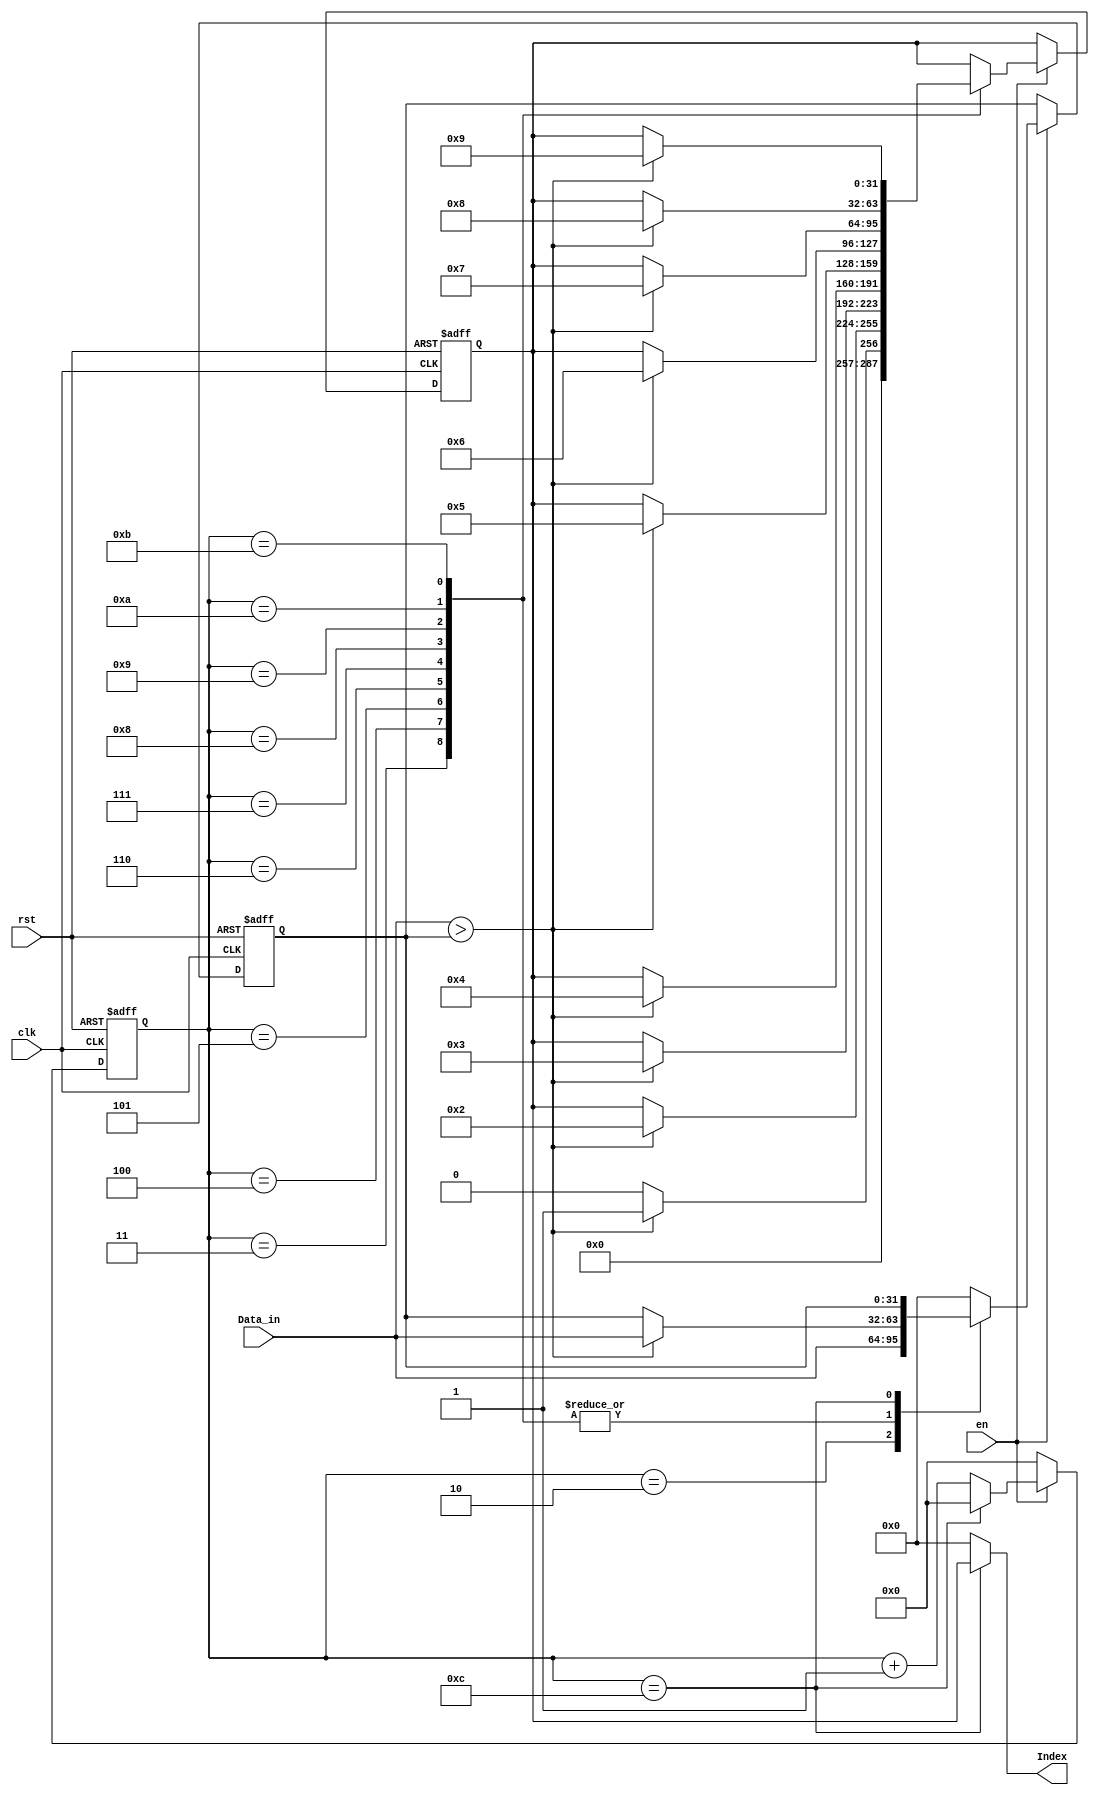
module Decoder(
	clk,
	rst,
	en,
	Data_in,
	Index
);

	input clk;
	input rst;
	input en;
	input signed [31:0] Data_in;
	output reg [31:0] Index;
	reg [4:0]counter;
	reg signed [31:0] temp;
	reg [31:0] temp_Index;
//complete your design here
always@(posedge clk or posedge rst)begin
if(rst)begin
	counter<=5'd0;
	temp <= 32'd0;
	temp_Index <= 32'd0; 
end
else begin

if(en)begin
counter<=counter+5'd1;

case(counter)
5'd0:begin
temp<=32'd0;
end
5'd1:begin
temp<=32'd0;
end
5'd2:begin
temp<=Data_in;
end
5'd3:begin
if(Data_in>temp)begin
temp<=Data_in;
temp_Index<=32'd1;
end
else begin
temp<=temp;
temp_Index<=32'd0;
end
end
5'd4:begin
if(Data_in>temp)begin
temp<=Data_in;
temp_Index<=32'd2;
end
else begin
temp<=temp;
temp_Index<=temp_Index;
end
end
5'd5:begin
if(Data_in>temp)begin
temp<=Data_in;
temp_Index<=32'd3;
end
else begin
temp<=temp;
temp_Index<=temp_Index;
end
end
5'd6:begin
if(Data_in>temp)begin
temp<=Data_in;
temp_Index<=32'd4;
end
else begin
temp<=temp;
temp_Index<=temp_Index;
end
end
5'd7:begin
if(Data_in>temp)begin
temp<=Data_in;
temp_Index<=32'd5;
end
else begin
temp<=temp;
temp_Index<=temp_Index;
end
end
5'd8:begin
if(Data_in>temp)begin
temp<=Data_in;
temp_Index<=32'd6;
end
else begin
temp<=temp;
temp_Index<=temp_Index;
end
end
5'd9:begin
if(Data_in>temp)begin
temp<=Data_in;
temp_Index<=32'd7;
end
else begin
temp<=temp;
temp_Index<=temp_Index;
end
end
5'd10:begin
if(Data_in>temp)begin
temp<=Data_in;
temp_Index<=32'd8;
end
else begin
temp<=temp;
temp_Index<=temp_Index;
end
end
5'd11:begin
if(Data_in>temp)begin
temp<=Data_in;
temp_Index<=32'd9;
end
else begin
temp<=temp;
temp_Index<=temp_Index;
end
end
5'd12:begin
temp<=temp;
temp_Index<=temp_Index;
counter<=5'd0;
end
default:begin
temp<=32'd0;
end
endcase

end

else begin
counter<=5'd0;
end
end
end

always@(*)begin
if(counter==5'd12)begin
Index=temp_Index;
end
else
Index=32'd0;
end

endmodule